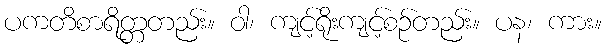
ပကတိစာရိတ္တတည်း။ ဝါ၊ ကျင့်ရိုးကျင့်စဉ်တည်း။ ပန၊ ကား။